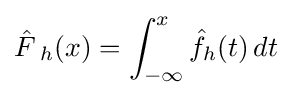
{\hat {F\,}}_{h}(x)=\int _{-\infty }^{x}{\hat {f}}_{h}(t)\,dt